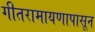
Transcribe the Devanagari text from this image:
गीतरामायणापासून